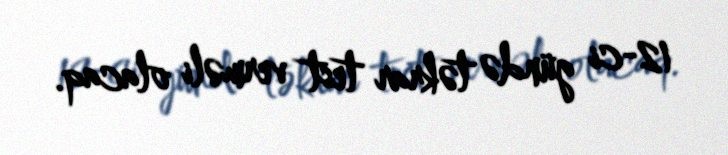
12-ci gündə təkrar test verməli olacaq.